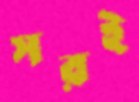
সরই